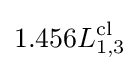
1.456L_{1,3}^{\mathrm {cl} }